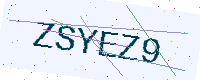
Text: ZSYEZ9